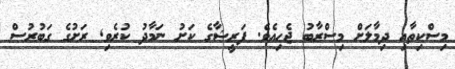
މިސްކިތާއި ދިމާލަށް މިސްރާބު ޖެހިއެވެ. ފަރީޝާގެ ކަށު ނަމާދު ކުރެވި